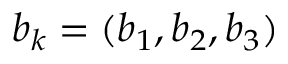
b _ { k } = ( b _ { 1 } , b _ { 2 } , b _ { 3 } )